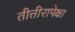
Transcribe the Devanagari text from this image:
तीत्तीरापेक्षा